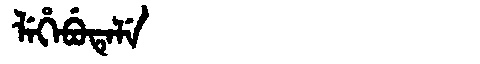
Manchu: ᠯᡝᡥᡝᠪᡠᡨᡝᠯᡝ
Romanization: LEHEBUTELE